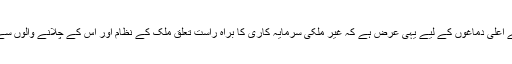
ریاست کے اعلیٰ دماغوں کے لیے یہی عرض ہے کہ غیر ملکی سرمایہ کاری کا براہ راست تعلق ملک کے نظام اور اس کے چلانے والوں سے ہوتا ہے۔